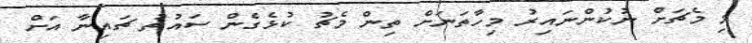
މި މެޗަށް ނުކުންނައިރު މިހާތަނަށް ތިން މެޗު ކުޅެގެން ސައުތު ޗައިނާ އަށް